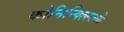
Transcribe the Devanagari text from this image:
कोनिन्क्लिज्के